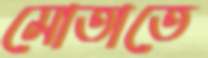
মোতাতে